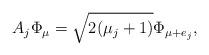
LaTeX: \begin{align*}A_j \Phi_{\mu} =\sqrt{2(\mu_j+1)} \Phi_{\mu+e_j},\end{align*}